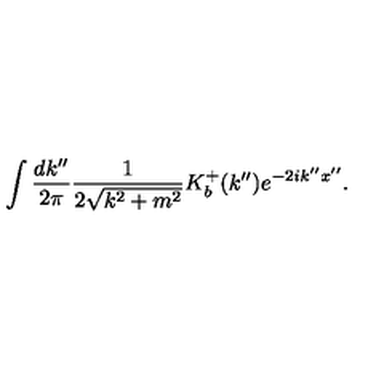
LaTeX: \int \frac { d k ^ { \prime \prime } } { 2 \pi } \frac { 1 } { 2 \sqrt { k ^ { 2 } + m ^ { 2 } } } K _ { b } ^ { + } ( k ^ { \prime \prime } ) e ^ { - 2 i k ^ { \prime \prime } x ^ { \prime \prime } } .